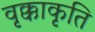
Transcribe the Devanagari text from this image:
वृक्काकृति